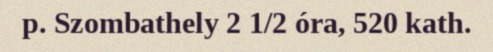
p. Szombathely 2 1/2 óra, 520 kath.